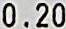
0.20